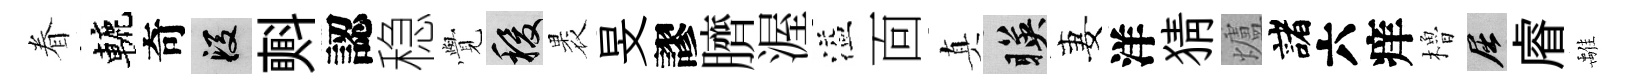
眷轆奇段㪺認稳𮗜稷褁旻謬臍渥溢靣真暎妻洋猜爐諸六痒櫓屈𥈠𩀌